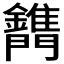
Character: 𨷫